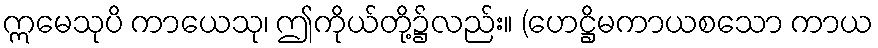
ဣမေသုပိ ကာယေသု၊ ဤကိုယ်တို့၌လည်း။ (ဟေဋ္ဌိမကာယစသော ကာယ